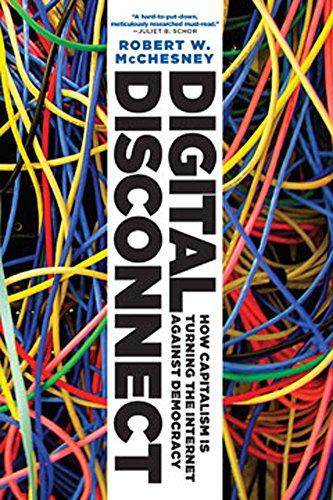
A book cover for Digital Disconnect; Robert W. McChesney; Computers & Technology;